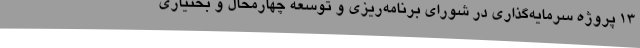
13 پروژه سرمایه‌گذاری در شورای برنامه‌ریزی و توسعه چهارمحال و بختیاری